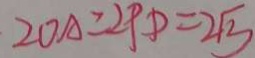
2 0 A = 2 P D = 2 \sqrt { 3 }